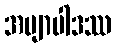
အဗျာပါဒဿ